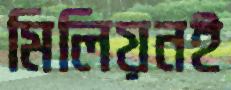
মিলিয়নই